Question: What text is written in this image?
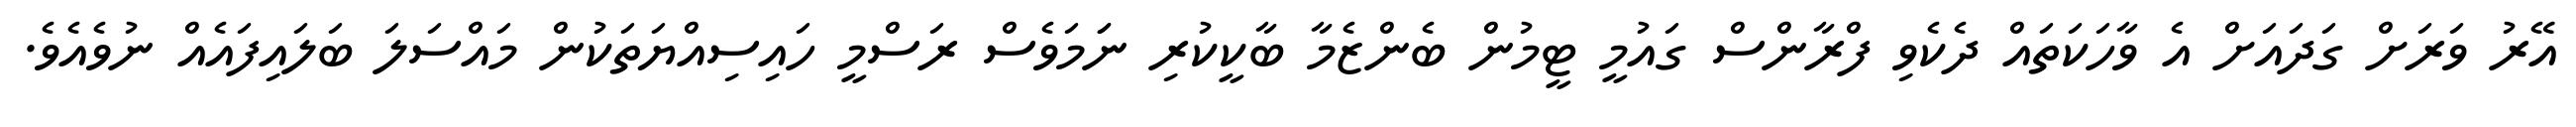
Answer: އޭރު ވަރަށް ގަދައަށް އެ ވާހަކަތައް ދެކެވި ފްރާންސް ގައުމީ ޓީމުން ބެންޒެމާ ބާކީކުރި ނަަމަވެސް ރަސްމީ ހައިސިއްޔަތަކުން މައްސަލަ ބަލައިފައެއް ނުވެއެވެ.